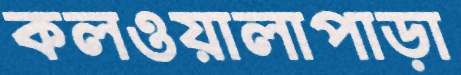
কলওয়ালাপাড়া